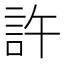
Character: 許